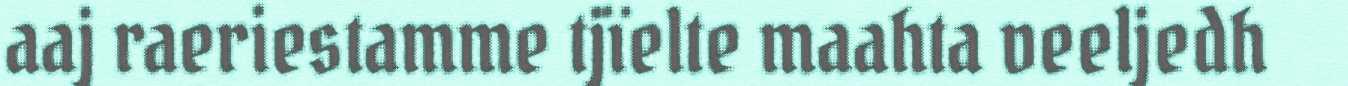
aaj raeriestamme tjïelte maahta veeljedh